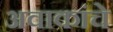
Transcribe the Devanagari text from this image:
अवाकांचे